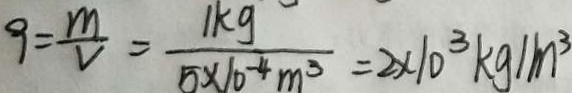
g = \frac { m } { V } = \frac { 1 k g } { 5 \times 1 0 ^ { - 4 } m ^ { 3 } } = 2 \times 1 0 ^ { 3 } k g / m ^ { 3 }